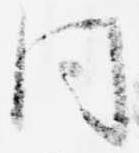
同